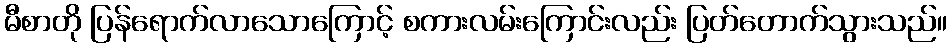
မီစာတို ပြန်ရောက်လာသောကြောင့် စကားလမ်းကြောင်းလည်း ပြတ်တောက်သွားသည်။